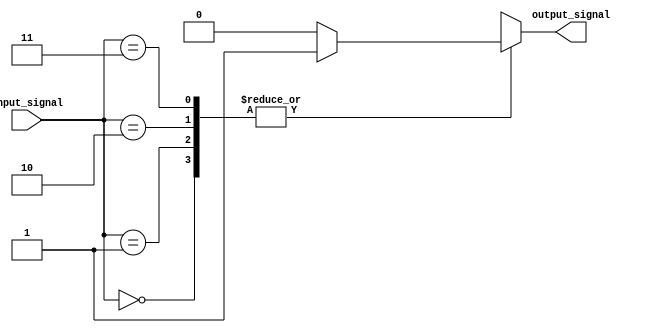
module case_statement_with_if_else (
    input [1:0] input_signal,
    output reg output_signal
);

always @ (*)
begin
    case(input_signal)
        2'b00: begin
                    // insert logic for input value 00
                    if (condition) begin
                        output_signal <= 1'b1;
                    end
                    else begin
                        output_signal <= 1'b0;
                    end
                end
        2'b01: begin
                    // insert logic for input value 01
                    if (condition) begin
                        output_signal <= 1'b1;
                    end
                    else begin
                        output_signal <= 1'b0;
                    end
                end
        2'b10: begin
                    // insert logic for input value 10
                    if (condition) begin
                        output_signal <= 1'b1;
                    end
                    else begin
                        output_signal <= 1'b0;
                    end
                end
        2'b11: begin
                    // insert logic for input value 11
                    if (condition) begin
                        output_signal <= 1'b1;
                    end
                    else begin
                        output_signal <= 1'b0;
                    end
                end
    endcase
end

endmodule